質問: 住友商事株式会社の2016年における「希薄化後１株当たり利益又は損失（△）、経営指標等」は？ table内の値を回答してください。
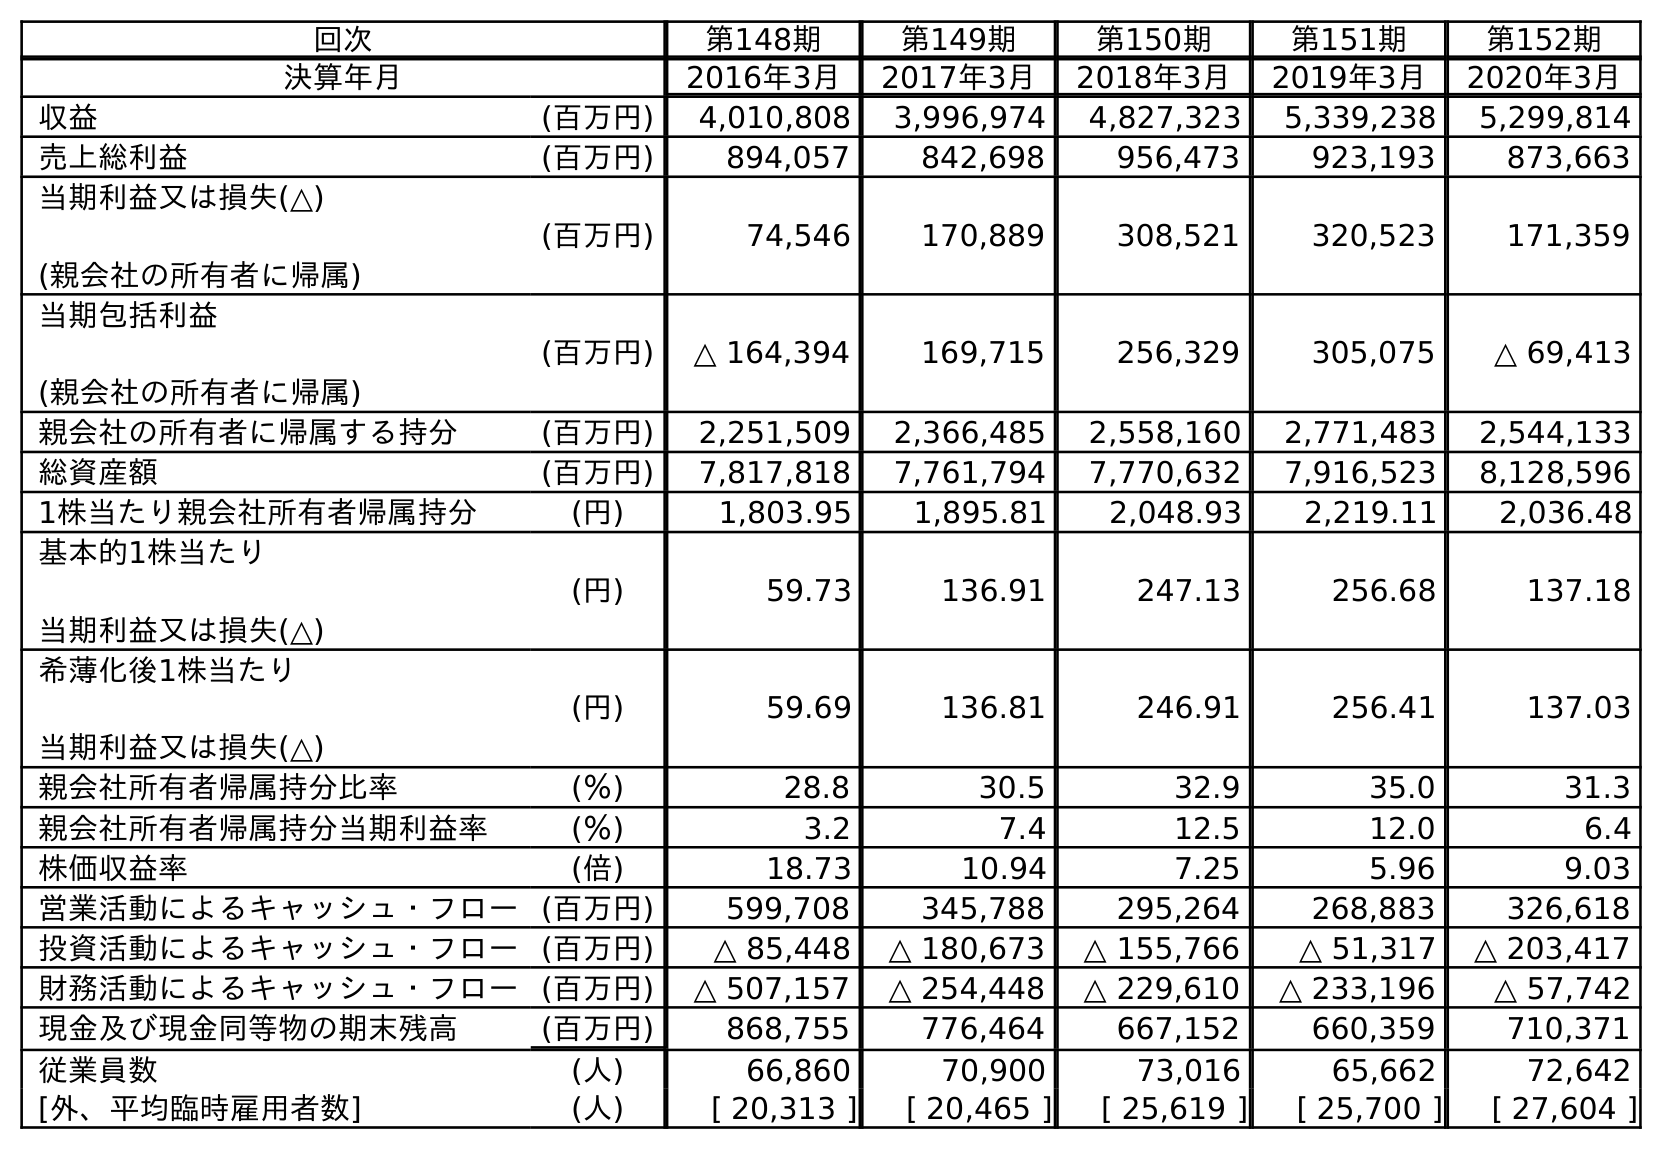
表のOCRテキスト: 回次 第148期 第149期 第150期 第151期 第152期 決算年月 2016年3月 2017年3月 2018年3月 2019年3月 2020年3月 収益 (百万円) 4,010,808 3,996,974 4,827,323 5,339,238 5,299,814 売上総利益 (百万円) 894,057 842,698 956,473 923,193 873,663 当期利益又は損失(△) (親会社の所有者に帰属) (百万円) 74,546 170,889 308,521 320,523 171,359 当期包括利益 (親会社の所有者に帰属) (百万円) △ 164,394 169,715 256,329 305,075 △ 69,413 親会社の所有者に帰属する持分 (百万円) 2,251,509 2,366,485 2,558,160 2,771,483 2,544,133 総資産額 (百万円) 7,817,818 7,761,794 7,770,632 7,916,523 8,128,596 1株当たり親会社所有者帰属持分 (円) 1,803.95 1,895.81 2,048.93 2,219.11 2,036.48 基本的1株当たり 当期利益又は損失(△) (円) 59.73 136.91 247.13 256.68 137.18 希薄化後1株当たり 当期利益又は損失(△) (円) 59.69 136.81 246.91 256.41 137.03 親会社所有者帰属持分比率 (％) 28.8 30.5 32.9 35.0 31.3 親会社所有者帰属持分当期利益率 (％) 3.2 7.4 12.5 12.0 6.4 株価収益率 (倍) 18.73 10.94 7.25 5.96 9.03 営業活動によるキャッシュ・フロー(百万円) 599,708 345,788 295,264 268,883 326,618 投資活動によるキャッシュ・フロー(百万円) △ 85,448 △ 180,673 △ 155,766 △ 51,317 △ 203,417 財務活動によるキャッシュ・フロー(百万円) △ 507,157 △ 254,448 △ 229,610 △ 233,196 △ 57,742 現金及び現金同等物の期末残高 (百万円) 868,755 776,464 667,152 660,359 710,371 従業員数 (人) 66,860 70,900 73,016 65,662 72,642 [外、平均臨時雇用者数] (人) [ 20,313 ] [ 20,465 ] [ 25,619 ] [ 25,700 ] [ 27,604 ]
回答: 59.69